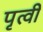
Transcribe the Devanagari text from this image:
पृत्वी